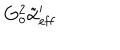
LaTeX: G _ { o } ^ { 2 } \tilde { \alpha } _ { \mathrm { e f f } } ^ { \prime }